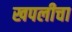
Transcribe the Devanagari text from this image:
खपलीचा